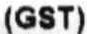
(GST)